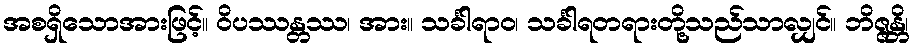
အစရှိသောအားဖြင့်။ ဝိပဿန္တဿ၊ အား။ သင်္ခါရာဝ၊ သင်္ခါရတရားတို့သည်သာလျှင်။ ဘိဇ္ဇန္တိ၊